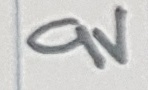
Text: 9V